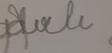
Signature authenticity: forged